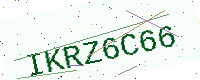
Text: IKRZ6C66